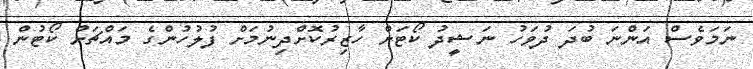
ނަމަވެސް އަންނަ ބުދަ ދުވަހު ނަޝީދު ކޯޓަށް ހާޒިރުކޮށްދިނުމަށް ފުލުހުންގެ މައްޗަށް ކޯޓުން